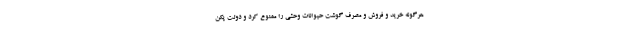
هرگونه خرید و فروش و مصرف گوشت حیوانات وحشی را ممنوع کرد و دولت پکن